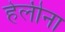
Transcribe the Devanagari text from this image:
हेलीना